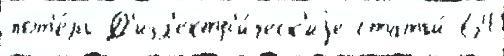
пот'е́рь Д'иэл'ектр'и́ческ'иjе статьи́ 64